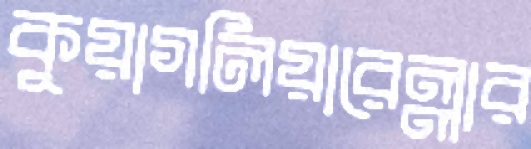
কুয়াগলিয়ারেল্লার